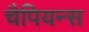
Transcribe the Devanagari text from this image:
चैपियन्स